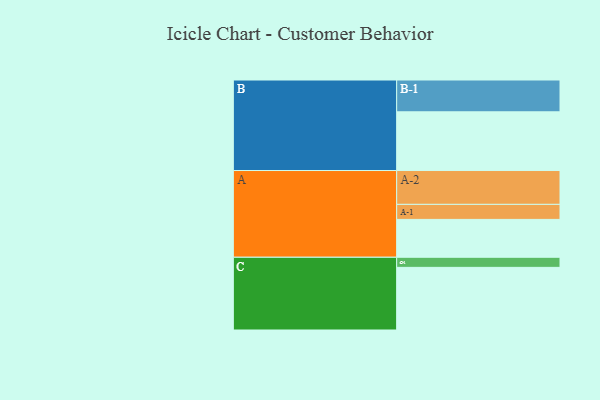
{"axis": {"x": "Segment", "y": "Value"}, "legend": ["", "A", "B", "C"], "data": [{"x": "A", "y": 300, "type": ""}, {"x": "B", "y": 465, "type": ""}, {"x": "C", "y": 496, "type": ""}, {"x": "A-1", "y": 119, "type": "A"}, {"x": "A-2", "y": 268, "type": "A"}, {"x": "B-1", "y": 252, "type": "B"}, {"x": "C-1", "y": 80, "type": "C"}]}